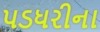
પડધરીના